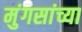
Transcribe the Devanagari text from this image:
मुंगसांच्या